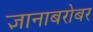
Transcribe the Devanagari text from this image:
ज्ञानाबरोबर